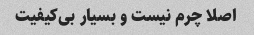
اصلا چرم نیست و بسیار بی‌کیفیت